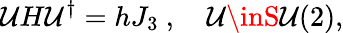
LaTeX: \mathcal{U}H\mathcal{U}^{\dagger}=hJ_{3}\ ,\quad\mathcal{U}\inS\mathcal{U}(2),